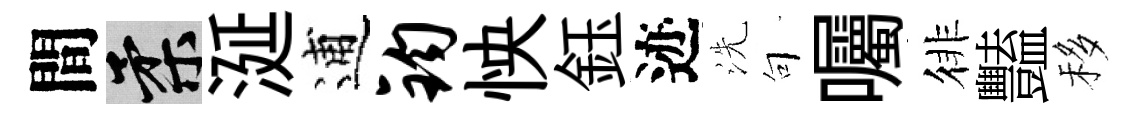
間柔涎逋钧怏鈺迹洗句囑徘豔移